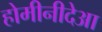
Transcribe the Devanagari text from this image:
होमीनीदेआ